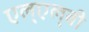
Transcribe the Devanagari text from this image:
एल्‌एल्‌बी